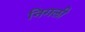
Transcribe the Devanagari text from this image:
निगली